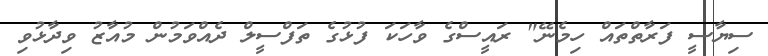
ސިޔާސީ ފަރާތްތައް ހިމެނޭ" ރައީސްގެ ވާހަކަ ފުޅުގެ ތަފްސީލް ދެއްވަމުން މުއާޒު ވިދާޅުވި